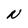
Character: N